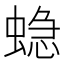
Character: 𮔤